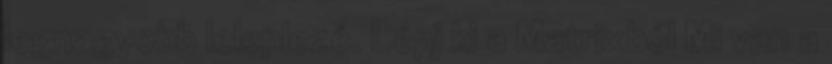
legnagyobb leleplezé. Lépj ki a Matrixból Mi van a